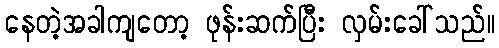
နေတဲ့အခါကျတော့ ဖုန်းဆက်ပြီး လှမ်းခေါ်သည်။